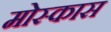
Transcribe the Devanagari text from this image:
मोस्कास